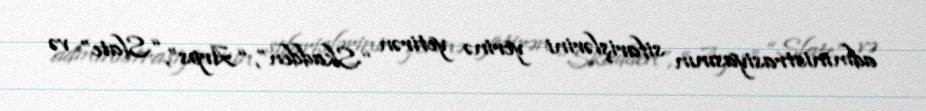
administrasiyasının sifarişlərini yerinə yetirən “Skadden”, “Arps”, “Slate” və